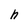
Character: h